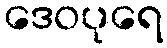
ဒေဝပုရေ